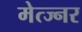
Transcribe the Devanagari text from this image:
मेत्ज्नर